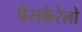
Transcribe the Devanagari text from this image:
पेसकेरेलो